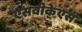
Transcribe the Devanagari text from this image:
एसवीकेएस